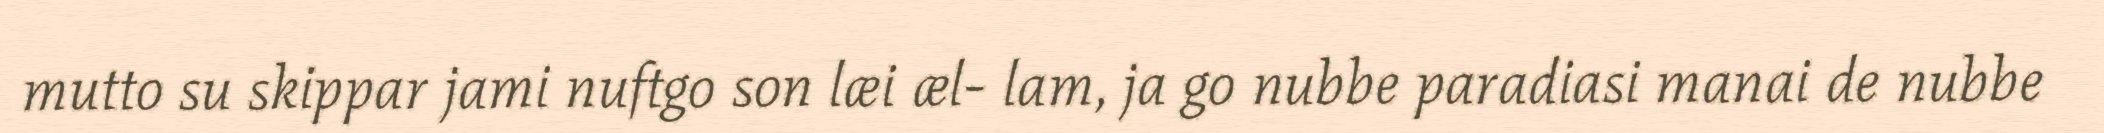
mutto su skippar jami nuftgo son læi æl- lam, ja go nubbe paradiasi manai de nubbe